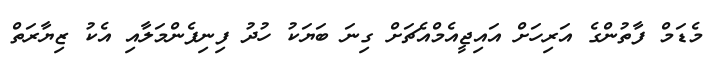
މެޑަމް ފާތުންގެ އަރިހަށް އައިޖީއެމްއެޗަށް ގިނަ ބަޔަކު ހުދު ފިނިފެންމަލާއި އެކު ޒިޔާރަތް